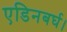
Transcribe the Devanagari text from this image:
एडिनबर्घ।